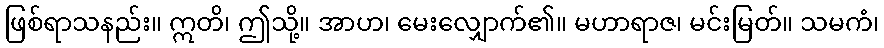
ဖြစ်ရာသနည်း။ ဣတိ၊ ဤသို့။ အာဟ၊ မေးလျှောက်၏။ မဟာရာဇ၊ မင်းမြတ်။ သမကံ၊